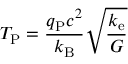
T _ { \mathrm { P } } = { \frac { q _ { \mathrm { P } } c ^ { 2 } } { k _ { \mathrm { B } } } } { \sqrt { \frac { k _ { \mathrm { e } } } { G } } }